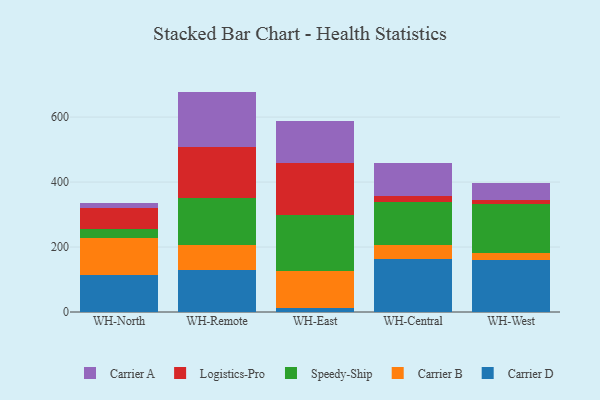
{"axis": {"x": "Warehouse", "y": "Conversion Rate (%)"}, "legend": ["Carrier A", "Carrier B", "Carrier D", "Logistics-Pro", "Speedy-Ship"], "data": [{"x": "WH-North", "y": 113.5, "type": "Carrier D"}, {"x": "WH-North", "y": 113.0, "type": "Carrier B"}, {"x": "WH-North", "y": 29.2, "type": "Speedy-Ship"}, {"x": "WH-North", "y": 64.0, "type": "Logistics-Pro"}, {"x": "WH-North", "y": 15.0, "type": "Carrier A"}, {"x": "WH-Remote", "y": 130.4, "type": "Carrier D"}, {"x": "WH-Remote", "y": 74.5, "type": "Carrier B"}, {"x": "WH-Remote", "y": 146.5, "type": "Speedy-Ship"}, {"x": "WH-Remote", "y": 156.1, "type": "Logistics-Pro"}, {"x": "WH-Remote", "y": 171.0, "type": "Carrier A"}, {"x": "WH-East", "y": 11.7, "type": "Carrier D"}, {"x": "WH-East", "y": 113.1, "type": "Carrier B"}, {"x": "WH-East", "y": 173.4, "type": "Speedy-Ship"}, {"x": "WH-East", "y": 159.3, "type": "Logistics-Pro"}, {"x": "WH-East", "y": 130.8, "type": "Carrier A"}, {"x": "WH-Central", "y": 161.8, "type": "Carrier D"}, {"x": "WH-Central", "y": 45.2, "type": "Carrier B"}, {"x": "WH-Central", "y": 132.0, "type": "Speedy-Ship"}, {"x": "WH-Central", "y": 16.9, "type": "Logistics-Pro"}, {"x": "WH-Central", "y": 102.6, "type": "Carrier A"}, {"x": "WH-West", "y": 159.2, "type": "Carrier D"}, {"x": "WH-West", "y": 23.0, "type": "Carrier B"}, {"x": "WH-West", "y": 148.9, "type": "Speedy-Ship"}, {"x": "WH-West", "y": 14.2, "type": "Logistics-Pro"}, {"x": "WH-West", "y": 52.2, "type": "Carrier A"}]}